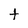
Character: t